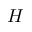
H